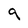
Character: 9